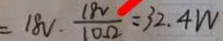
= 1 8 v \cdot \frac { 1 8 v } { 1 0 \Omega } = 3 2 . 4 W